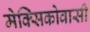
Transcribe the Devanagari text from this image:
मेक्सिकोवासी